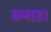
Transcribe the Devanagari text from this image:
बनाइ।